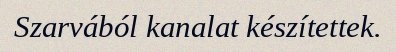
Szarvából kanalat készítettek.